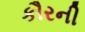
કૌરની